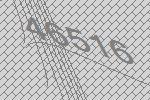
46516